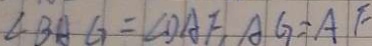
\angle B A G = \angle D A F , A G = A F